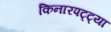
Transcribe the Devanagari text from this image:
किनारपट्ट्या